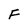
Character: F